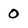
Character: 0